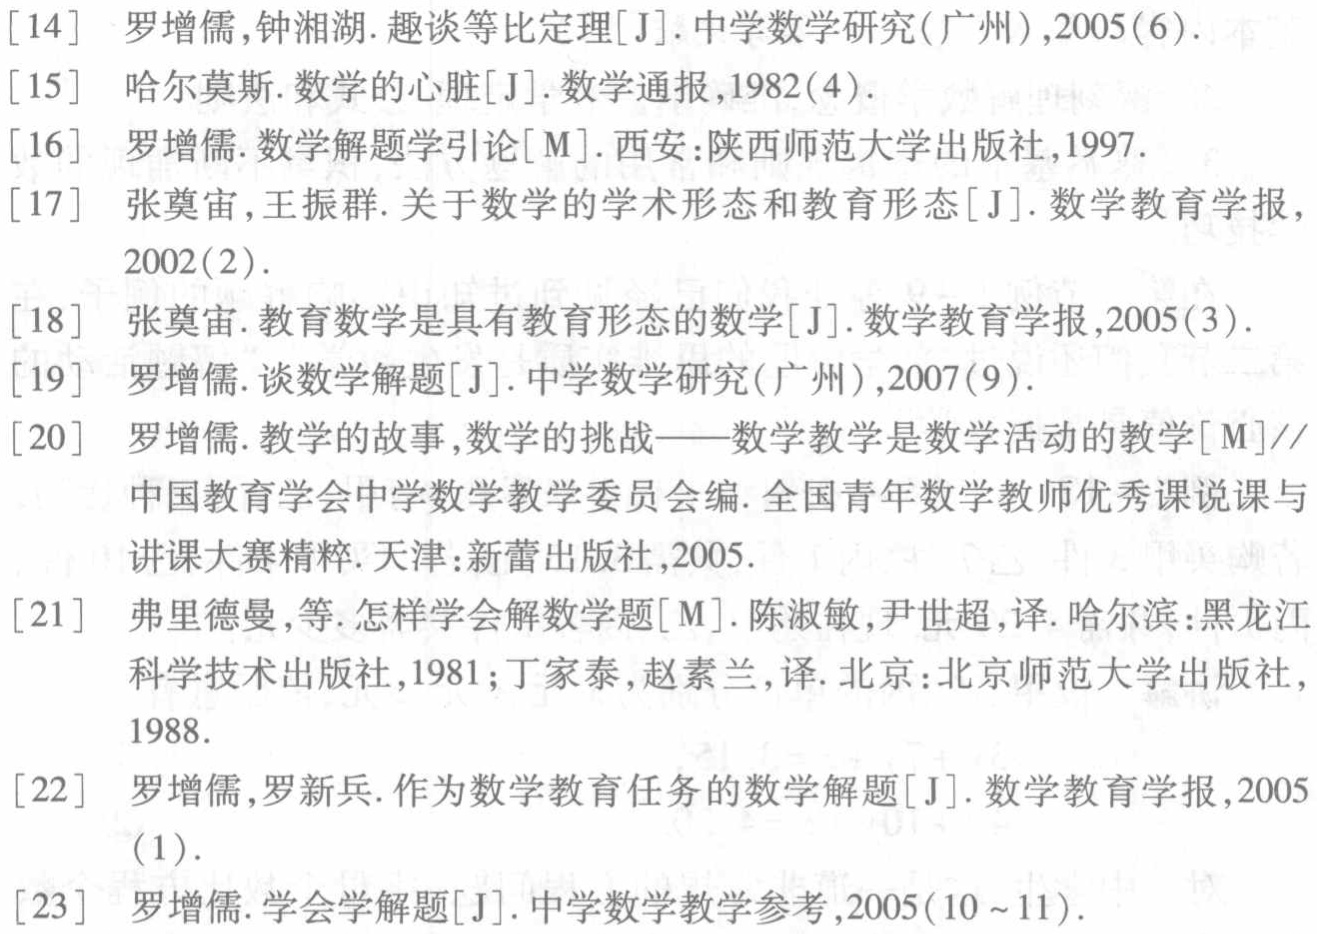
\begin{enumerate}
\item 罗增儒,钟湘湖.趣谈等比定理[J].中学数学研究(广州),2005(6).
\item 哈尔莫斯.数学的心脏[J].数学通报,1982(4).
\item 罗增儒.数学解题学引论[M].西安:陕西师范大学出版社,1997.
\item 张奠宙,王振群.关于数学的学术形态和教育形态[J].数学教育学报,2002(2).
\item 张奠宙.教育数学是具有教育形态的数学[J].数学教育学报,2005(3).
\item 罗增儒.谈数学解题[J].中学数学研究(广州),2007(9).
\item 罗增儒.教学的故事,数学的挑战——数学教学是数学活动的教学[M]//中国教育学会中学数学教学委员会编.全国青年数学教师优秀课说课与讲课大赛精粹.天津:新蕾出版社,2005.
\item 弗里德曼,等.怎样学会解数学题[M].陈淑敏,尹世超,译.哈尔滨:黑龙江科学技术出版社,1981;丁家泰,赵素兰,译.北京:北京师范大学出版社,1988.
\item 罗增儒,罗新兵.作为数学教育任务的数学解题[J].数学教育学报,2005(1).
\item 罗增儒.学会学解题[J].中学数学教学参考,2005(10~11).
\end{enumerate}